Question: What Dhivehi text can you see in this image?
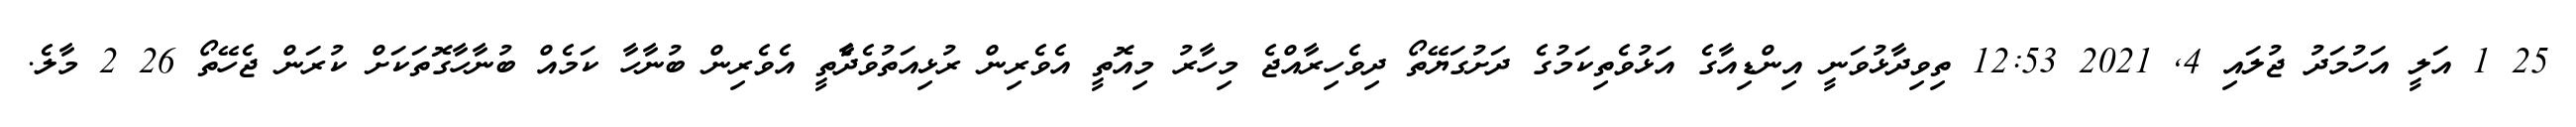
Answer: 25 1 އަލީ އަހުމަދު ޖުލައި 4, 2021 12:53 ތިވިދާޅުވަނީ އިންޑިއާގެ އަޅުވެތިކަމުގެ ދަށުގަޔޭތޯ ދިވެހިރާއްޖެ މިހާރު މިއޮތީ އެވެރިން ރުޅިއަތުވެދާެތީ އެވެރިން ބުނާހާ ކަމެއް ބުނާހާގޮތަކަށް ކުރަން ޖެހޭތޯ 26 2 މާލެ.